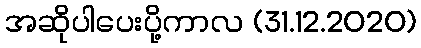
အဆိုပါပေးပို့ကာလ (31.12.2020)